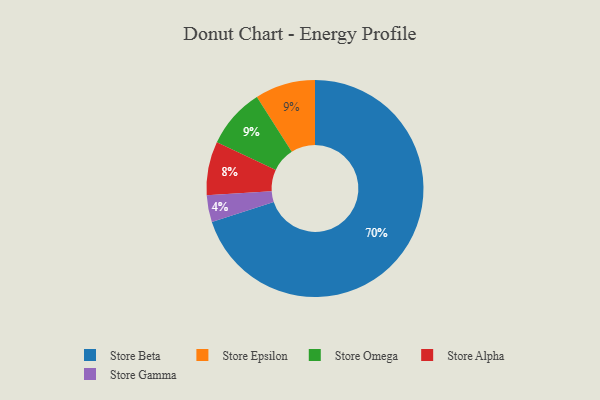
{"axis": {"x": "Category", "y": "Percentage"}, "legend": ["Store Alpha", "Store Beta", "Store Epsilon", "Store Gamma", "Store Omega"], "data": [{"x": "Store Epsilon", "y": 9, "type": "Store Epsilon"}, {"x": "Store Omega", "y": 9, "type": "Store Omega"}, {"x": "Store Beta", "y": 70, "type": "Store Beta"}, {"x": "Store Gamma", "y": 4, "type": "Store Gamma"}, {"x": "Store Alpha", "y": 8, "type": "Store Alpha"}]}